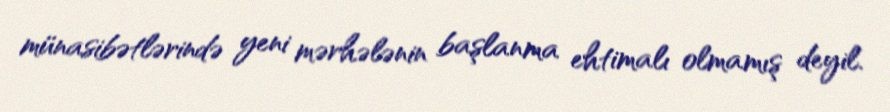
münasibətlərində yeni mərhələnin başlanma ehtimalı olmamış deyil.